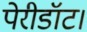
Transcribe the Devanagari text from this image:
पेरीडॉट।